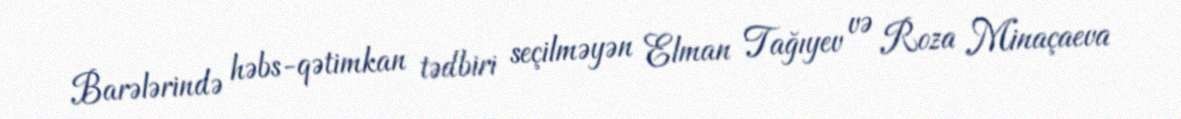
Barələrində həbs-qətimkan tədbiri seçilməyən Elman Tağıyev və Roza Minaçaeva